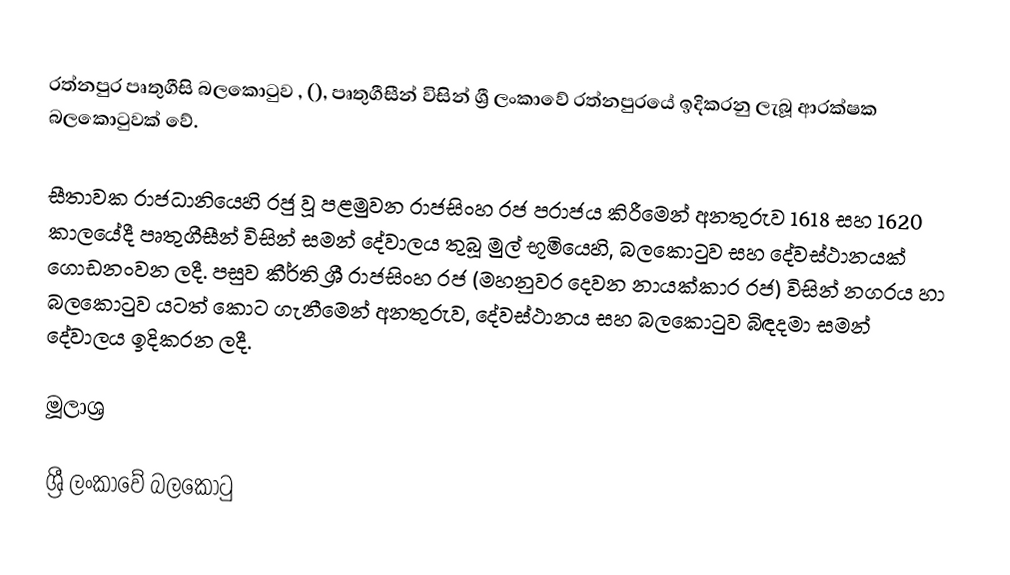
රත්නපුර පෘතුගීසි බලකොටුව , (), පෘතුගීසීන් විසින් ශ්‍රී ලංකාවේ රත්නපුරයේ ඉදිකරනු ලැබූ ආරක්ෂක බලකොටුවක් වේ.

සීතාවක රාජධානියෙහි රජු වූ පළමුවන රාජසිංහ රජ පරාජය කිරීමෙන් අනතුරුව 1618 සහ 1620 කාලයේදී පෘතුගීසීන් විසින් සමන් දේවාලය තුබූ මුල් භූමියෙහි, බලකොටුව සහ දේවස්ථානයක් ගොඩනංවන ලදී. පසුව කීර්ති ශ්‍රී රාජසිංහ රජ (මහනුවර දෙවන නායක්කාර රජ) විසින් නගරය හා බලකොටුව යටත් කොට ගැනීමෙන් අනතුරුව, දේවස්ථානය සහ බලකොටුව බිඳදමා සමන් දේවාලය ඉදිකරන ලදී.

මූලාශ්‍ර

ශ්‍රී ලංකාවේ බලකොටු